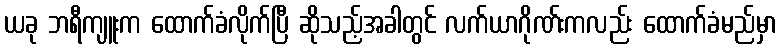
ယခု ဘရီကျူးက ထောက်ခံလိုက်ပြီ ဆိုသည့်အခါတွင် လက်ယာဂိုဏ်းကလည်း ထောက်ခံမည်မှာ